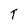
Character: T